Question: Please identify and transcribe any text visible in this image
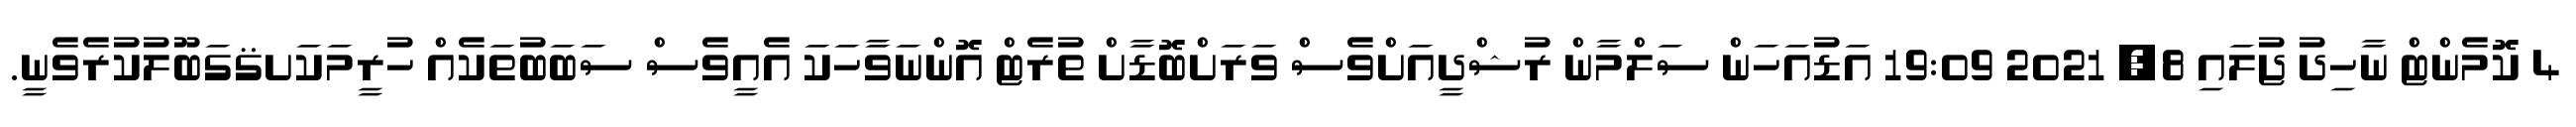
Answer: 4 ކޮމެންޓް ނާހިދު ޖުލައި 8, 2021 19:09 އަޑުއަހަން ސަލްމާން ރުޝްދީއަށްވެސް ވަރަށްބޮޑާށް ތުރެޓް އޮންނަވާހަކަ އެއީވެސް ސަބަބުތަކެއް ހުރީމަކަށޤގަބޫލުކުރެވެނީ.